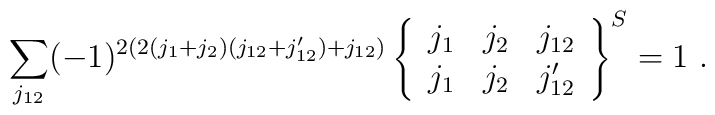
\sum_{j_{12}}(-1)^{2(2(j_1+j_2)(j_{12}+j'_{12})+j_{12})} \left\{ \begin{array}{ccc}j_1 & j_2 & j_{12}\\j_1 & j_2 & j'_{12}\end{array}\right\}^S=1~.